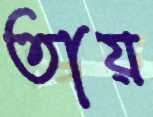
তায়